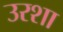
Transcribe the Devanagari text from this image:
उरशा